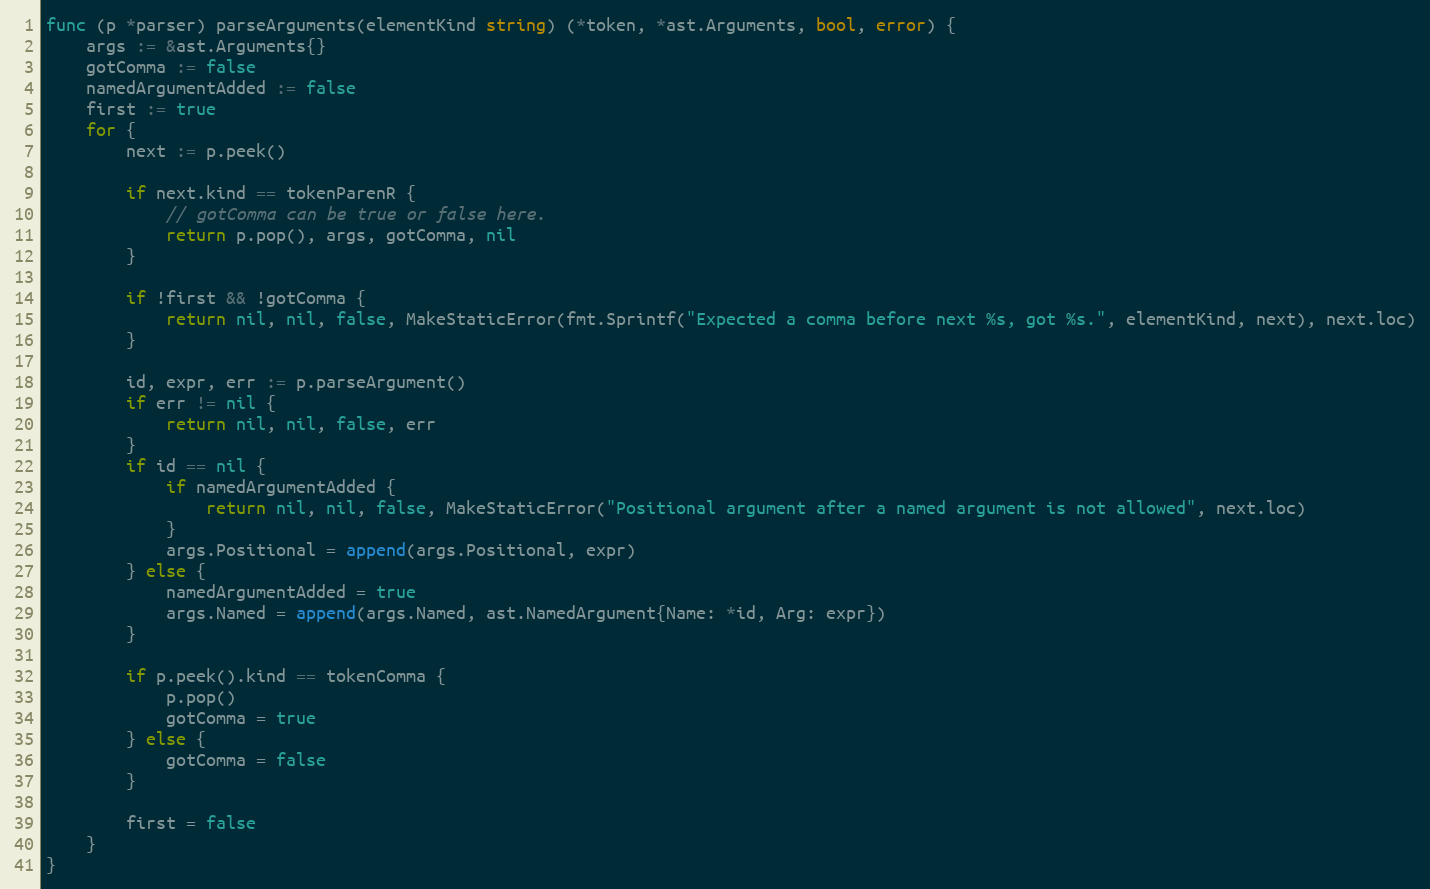
Language: Go
func (p *parser) parseArguments(elementKind string) (*token, *ast.Arguments, bool, error) {
	args := &ast.Arguments{}
	gotComma := false
	namedArgumentAdded := false
	first := true
	for {
		next := p.peek()

		if next.kind == tokenParenR {
			// gotComma can be true or false here.
			return p.pop(), args, gotComma, nil
		}

		if !first && !gotComma {
			return nil, nil, false, MakeStaticError(fmt.Sprintf("Expected a comma before next %s, got %s.", elementKind, next), next.loc)
		}

		id, expr, err := p.parseArgument()
		if err != nil {
			return nil, nil, false, err
		}
		if id == nil {
			if namedArgumentAdded {
				return nil, nil, false, MakeStaticError("Positional argument after a named argument is not allowed", next.loc)
			}
			args.Positional = append(args.Positional, expr)
		} else {
			namedArgumentAdded = true
			args.Named = append(args.Named, ast.NamedArgument{Name: *id, Arg: expr})
		}

		if p.peek().kind == tokenComma {
			p.pop()
			gotComma = true
		} else {
			gotComma = false
		}

		first = false
	}
}